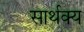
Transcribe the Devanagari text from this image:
सार्थक्य